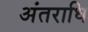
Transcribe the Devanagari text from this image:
अंतराधि